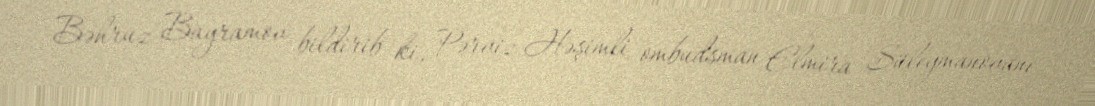
Bəhruz Bayramov bildirib ki, Pərviz Həşimli ombudsman Elmira Süleymanovanı